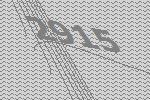
2915